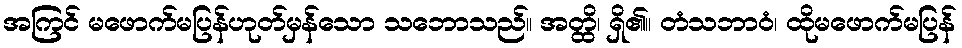
အကြင် မဖောက်မပြန်ဟုတ်မှန်သော သဘောသည်။ အတ္ထိ၊ ရှိ၏။ တံသဘာဝံ၊ ထိုမဖောက်မပြန်